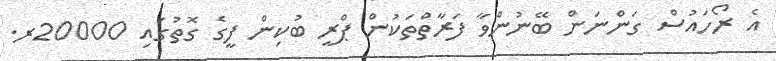
އެ ރޯހައުސް ގަންނަން ބޭނުންވާ ފަރާތްތަކުން ޕްރީ ބުކިން ފީގެ ގޮތުގައި 20000ރ.